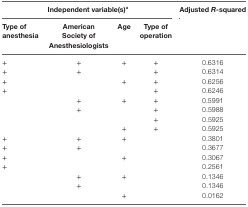
<table><thead><tr><td colspan="4"><b>Independent variable(s)<sup>a</sup></b></td><td><b>Adjusted <i>R</i>-squared</b></td></tr><tr><td><b>Type of anesthesia</b></td><td><b>American Society of Anesthesiologists</b></td><td><b>Age</b></td><td><b>Type of operation</b></td><td></td></tr></thead><tbody><tr><td>+</td><td>+</td><td>+</td><td>+</td><td>0.6316</td></tr><tr><td>+</td><td>+</td><td></td><td>+</td><td>0.6314</td></tr><tr><td>+</td><td></td><td>+</td><td>+</td><td>0.6256</td></tr><tr><td>+</td><td></td><td></td><td>+</td><td>0.6246</td></tr><tr><td></td><td>+</td><td>+</td><td>+</td><td>0.5991</td></tr><tr><td></td><td>+</td><td></td><td>+</td><td>0.5988</td></tr><tr><td></td><td></td><td></td><td>+</td><td>0.5925</td></tr><tr><td></td><td></td><td>+</td><td>+</td><td>0.5925</td></tr><tr><td>+</td><td>+</td><td>+</td><td></td><td>0.3801</td></tr><tr><td>+</td><td>+</td><td></td><td></td><td>0.3677</td></tr><tr><td>+</td><td></td><td>+</td><td></td><td>0.3067</td></tr><tr><td>+</td><td></td><td></td><td></td><td>0.2561</td></tr><tr><td></td><td>+</td><td>+</td><td></td><td>0.1346</td></tr><tr><td></td><td>+</td><td></td><td></td><td>0.1346</td></tr><tr><td></td><td></td><td>+</td><td></td><td>0.0162</td></tr></tbody></table>